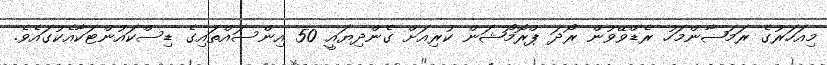
މިއަހަރުގެ ރަމަޟާންމަހު ރެޑްވޭވުން ރޯދަ ޕްރޮމޯޝަން ކުރިއަށް ގެންދިޔައީ 50 އިންސައްތައިގެ ޑިސްކައުންޓަކާއެކުގައެވެ.